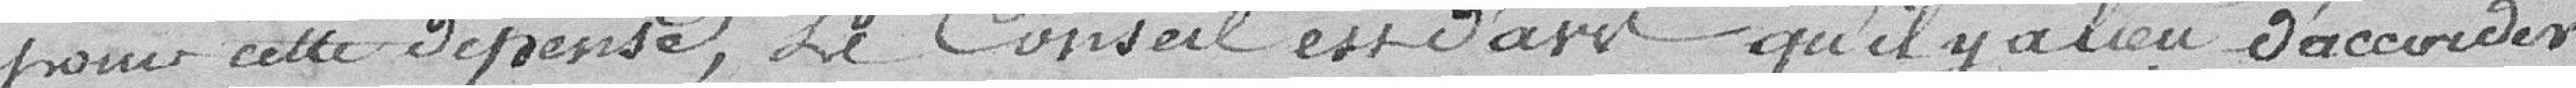
pour cette dépense, le Conseil est d'avis qu'il y a lieu d'accorder